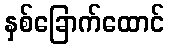
နှစ်ခြောက်ထောင်